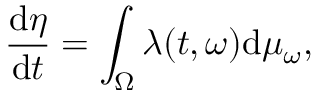
\frac { \mathrm { d } \eta } { \mathrm { d } t } = \int _ { \Omega } \lambda ( t , \omega ) \mathrm { d } \mu _ { \omega } ,